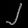
Digit: ၂